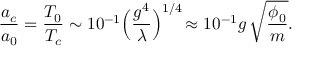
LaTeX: { \frac { a _ { c } } { a _ { 0 } } } = { \frac { T _ { 0 } } { T _ { c } } } \sim 1 0 ^ { - 1 } \Bigr ( { \frac { g ^ { 4 } } { \lambda } } \Bigl ) ^ { 1 / 4 } \, \approx 1 0 ^ { - 1 } g \, \sqrt { \frac { \phi _ { 0 } } { m } } .